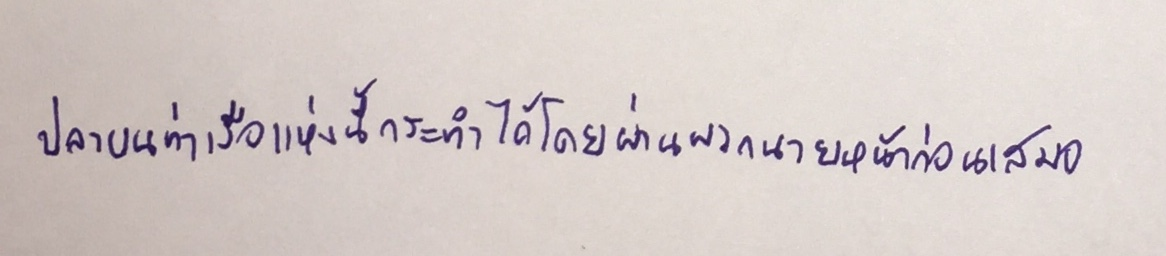
ปลาบนท่าเรือแห่งนี้กระทำได้โดยผ่านพวกนายหน้าก่อนเสมอ